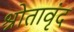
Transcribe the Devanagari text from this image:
श्रोतावृंद